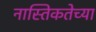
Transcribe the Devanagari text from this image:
नास्तिकतेच्या